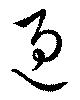
過